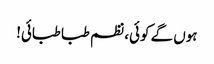
ہوں گے کوئی، نظم طبا طبائی!